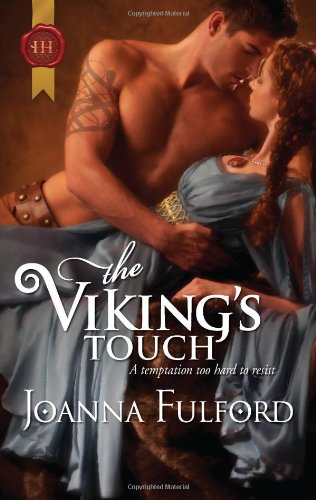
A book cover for The Viking's Touch; Joanna Fulford; Romance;